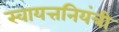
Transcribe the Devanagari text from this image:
स्वायत्तनियंत्री